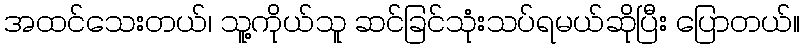
အထင်သေးတယ်၊ သူ့ကိုယ်သူ ဆင်ခြင်သုံးသပ်ရမယ်ဆိုပြီး ပြောတယ်။